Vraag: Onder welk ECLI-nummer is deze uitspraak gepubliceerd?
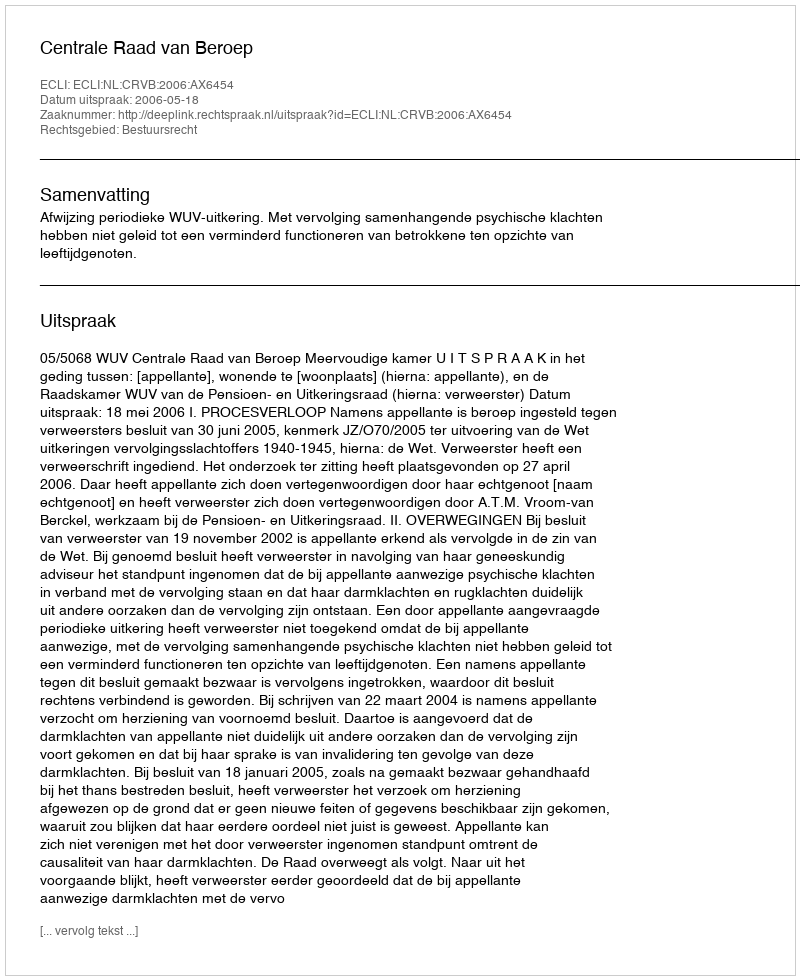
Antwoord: ECLI:NL:CRVB:2006:AX6454